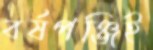
বর্ষপঞ্জিই